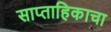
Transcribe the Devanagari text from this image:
साप्‍ताहिकाचा